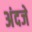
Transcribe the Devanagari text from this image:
अंदजे